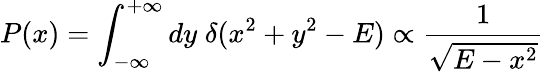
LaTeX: P(x)=\int_{-\infty}^{+\infty}dy\; \delta(x^{2}+y^{2}-E)\propto\frac{1}{\sqrt{E-x^{2}}}